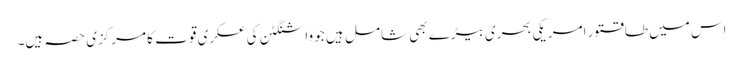
اس میں طاقتور امریکی بحری بیڑے بھی شامل ہیں جو واشنگٹن کی عسکری قوت کا مرکزی حصہ ہیں۔